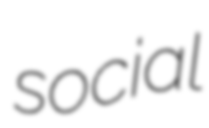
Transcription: social